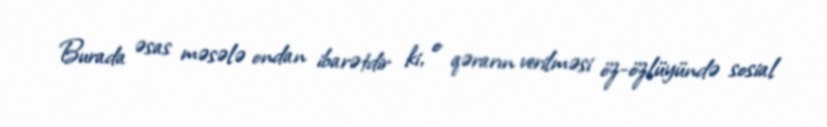
Burada əsas məsələ ondan ibarətdir ki, o qərarın verilməsi öz-özlüyündə sosial